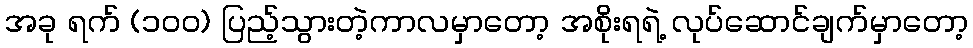
အခု ရက် (၁၀၀) ပြည့်သွားတဲ့ကာလမှာတော့ အစိုးရရဲ့ လုပ်ဆောင်ချက်မှာတော့